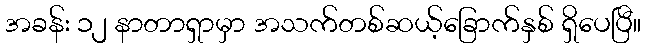
အခန်း ၁၂ နာတာရှာမှာ အသက်တစ်ဆယ့်ခြောက်နှစ် ရှိပေပြီ။